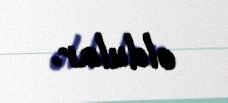
oldular.